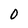
Character: 0